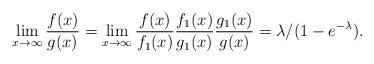
LaTeX: \begin{align*} \lim_{x\to\infty} \frac{f(x)}{g(x)}=\lim_{x\to\infty} \frac{f(x)}{f_1(x)} \frac{f_1(x)}{g_1(x)} \frac{g_1(x)}{g(x)}=\lambda/(1-e^{-\lambda}). \end{align*}